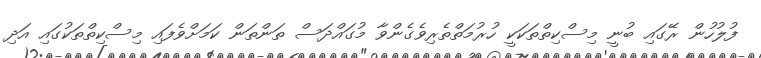
ފުލުހުން ރޭގައި ބުނީ މިސްކިތްތަކަކީ ހުރުމަތްތެރިވެގެންވާ މުގައްދަސް ތަންތަން ކަމަށްވެފައި މިސްކިތްތަކުގައި އަދި